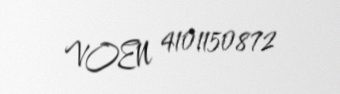
VOEN 4101150872